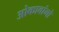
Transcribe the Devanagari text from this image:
ओकावांगो